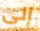
إلى